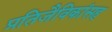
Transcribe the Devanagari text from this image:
प्रतिजैविकांसह